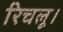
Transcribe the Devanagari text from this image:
रिचलू।